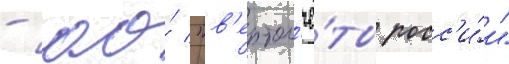
- ао́ "в'ертол'ё́ты росс'и́и"